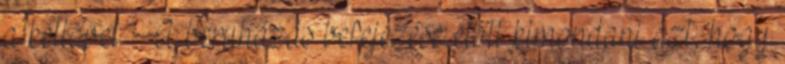
a kettővel. A beruházás befejezése előtt kimondani azt, hogy